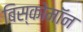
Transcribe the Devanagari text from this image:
बिस्कोमॉन